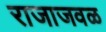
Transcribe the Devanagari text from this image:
राजाजवळ